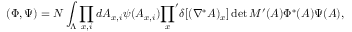
( \Phi , \Psi ) = N \int _ { \Lambda } \prod _ { x , i } d A _ { x , i } \psi ( A _ { x , i } ) { \prod _ { x } } ^ { \prime } \delta [ ( \nabla ^ { * } A ) _ { x } ] \operatorname * { d e t } M ^ { \prime } ( A ) \Phi ^ { * } ( A ) \Psi ( A ) ,